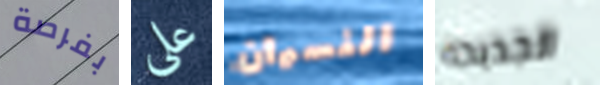
بفرصة علي النسيان الجديده